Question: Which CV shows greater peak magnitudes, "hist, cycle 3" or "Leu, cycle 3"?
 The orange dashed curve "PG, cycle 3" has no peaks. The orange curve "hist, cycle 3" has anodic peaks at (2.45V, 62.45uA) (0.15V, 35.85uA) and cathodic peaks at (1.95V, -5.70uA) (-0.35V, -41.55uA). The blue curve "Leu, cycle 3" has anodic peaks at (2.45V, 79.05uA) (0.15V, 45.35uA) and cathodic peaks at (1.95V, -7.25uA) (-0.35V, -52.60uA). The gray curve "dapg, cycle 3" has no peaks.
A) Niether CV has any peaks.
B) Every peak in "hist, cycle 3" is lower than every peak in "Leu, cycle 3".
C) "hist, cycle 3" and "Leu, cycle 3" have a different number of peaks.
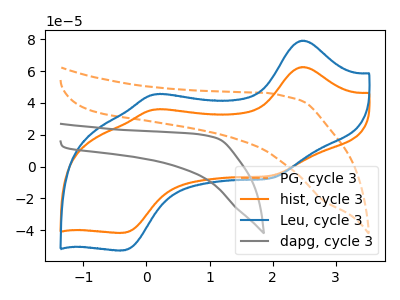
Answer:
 <answer>B) Every peak in "hist, cycle 3" is lower than every peak in "Leu, cycle 3".</answer>
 <eval>B</eval>